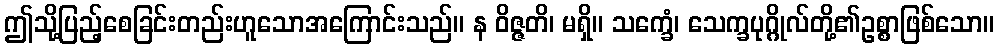
ဤသို့ပြည့်စေခြင်းတည်းဟူသောအကြောင်းသည်။ န ဝိဇ္ဇတိ၊ မရှိ။ သက္ခေံ၊ သေက္ခပုဂ္ဂိုလ်တို့၏ဥစ္စာဖြစ်သော။